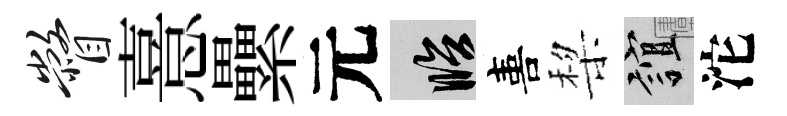
瞥憙纍元臨喜棃誼沱